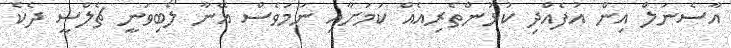
އާސެނަލް އިން އުފެއްދި ކުޅުންތެރިއެއް ކަމަށާއި ނަމަވެސް އޭނާ ލޯބިވަނީ ޗެލްސީ ދެކެ